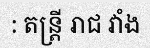
: តន្ត្រី រាជ វាំង